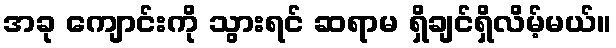
အခု ကျောင်းကို သွားရင် ဆရာမ ရှိချင်ရှိလိမ့်မယ်။